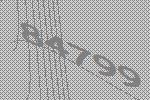
84799